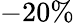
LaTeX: -20\%